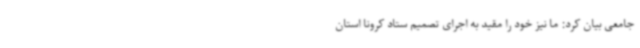
جامعی بیان کرد: ما نیز خود را مقید به اجرای تصمیم ستاد کرونا استان